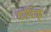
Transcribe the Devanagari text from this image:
वार्षिक्